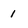
Character: 1